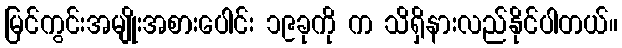
မြင်ကွင်းအမျိုးအစားပေါင်း ၁၉ခုကို က သိရှိနားလည်နိုင်ပါတယ်။